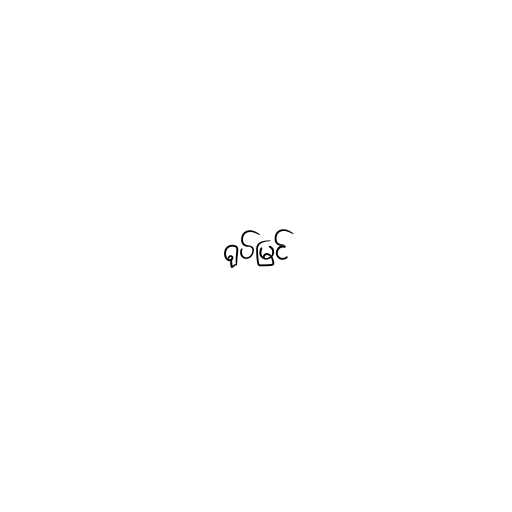
ရုပ်မြင်